Madras plague regulations and rules for district municipalities and other towns and villages
Disease focus: Plague
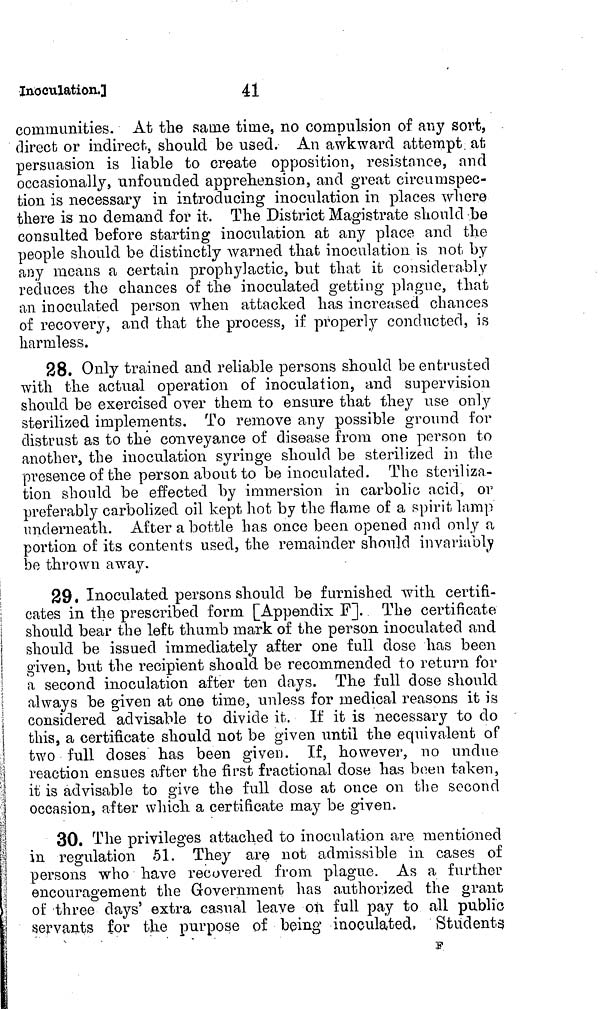
Inoculation.]
41
communities. At the same time, no compulsion of any sort,
direct or indirect, should be used. An awkward attempt, at
persuasion is liable to create opposition, resistance, and
occasionally, unfounded apprehension, and great circumspec-
tion is necessary in introducing inoculation in places where
there is no demand for it. The District Magistrate should be
consulted before starting inoculation at any place and the
people should be distinctly warned that inoculation is not by
any means a certain prophylactic, but that it considerably
reduces the chances of the inoculated getting plague, that
an inoculated person when attacked has increased chances
of recovery, and that the process, if properly conducted, is
harmless.
28. Only trained and reliable persons should be entrusted
with the actual operation of inoculation, and supervision
should be exercised over them to ensure that they use only
sterilized implements. To remove any possible ground for
distrust as to the conveyance of disease from one person to
another, the inoculation syringe should be sterilized in the
presence of the person about to be inoculated. The steriliza-
tion should be effected by immersion in carbolic acid, or
preferably carbolized oil kept hot by the flame of a spirit lamp
underneath. After a bottle has once been opened and only a
portion of its contents used, the remainder should invariably
be thrown away.
29. Inoculated persons should be furnished with certifi-
cates in the prescribed form [Appendix F]. The certificate
should bear the left thumb mark of the person inoculated and
should be issued immediately after one full dose has been
given, but the recipient should be recommended to return for
a second inoculation after ten days. The full close should
always be given at one time, unless for medical reasons it is
considered advisable to divide it. If it is necessary to do
this, a certificate should not be given until the equivalent of
two full doses has been given. If, however, no undue
reaction ensues after the first fractional dose has been taken,
it is advisable to give the full dose at once on the second
occasion, after which a certificate may be given.
30. The privileges attached to inoculation are mentioned
in regulation 51. They are not admissible in cases of
persons who have recovered from plague. As a further
encouragement the Government has authorized the grant
of three days' extra casual leave on full pay to all public
servants for the purpose of being inoculated, Students
v